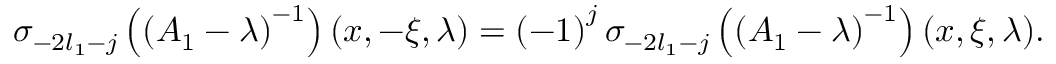
\sigma _ { - 2 l _ { 1 } - j } \left( \left( A _ { 1 } - \lambda \right) ^ { - 1 } \right) ( x , - \xi , \lambda ) = \left( - 1 \right) ^ { j } \sigma _ { - 2 l _ { 1 } - j } \left( \left( A _ { 1 } - \lambda \right) ^ { - 1 } \right) ( x , \xi , \lambda ) .